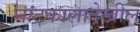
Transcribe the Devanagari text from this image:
नाटकालादेखील